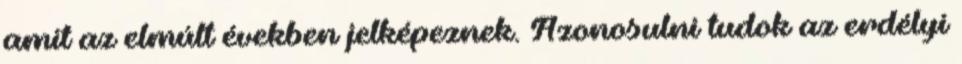
amit az elmúlt években jelképeznek. Azonosulni tudok az erdélyi